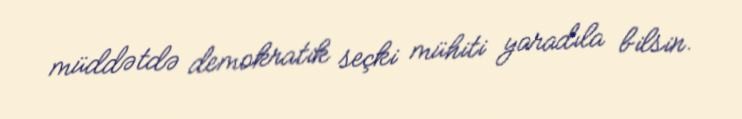
müddətdə demokratik seçki mühiti yaradıla bilsin.